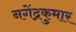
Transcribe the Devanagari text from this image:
नगेंद्रकुमार